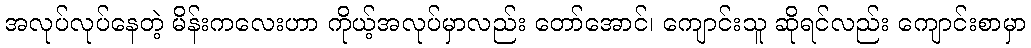
အလုပ်လုပ်နေတဲ့ မိန်းကလေးဟာ ကိုယ့်အလုပ်မှာလည်း တော်အောင်၊ ကျောင်းသူ ဆိုရင်လည်း ကျောင်းစာမှာ